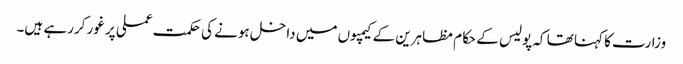
وزارت کا کہنا تھا کہ پولیس کے حکام مظاہرین کے کیمپوں میں داخل ہونے کی حکمت عملی پر غور کررہے ہیں۔